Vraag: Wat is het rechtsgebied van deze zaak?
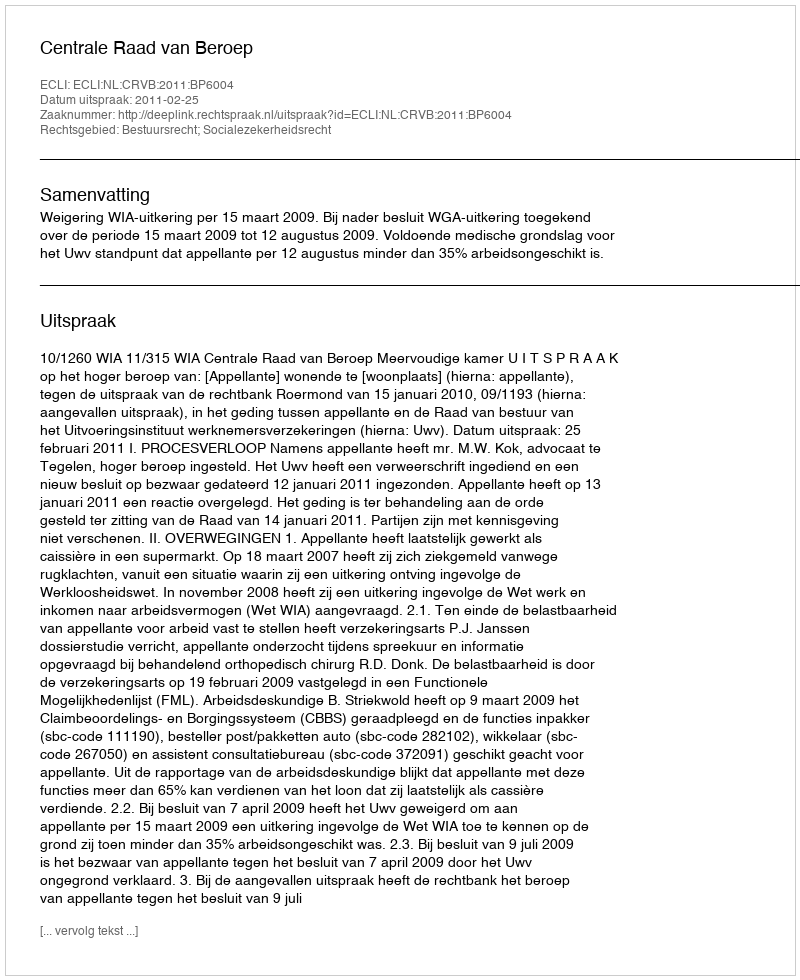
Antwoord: Bestuursrecht; Socialezekerheidsrecht